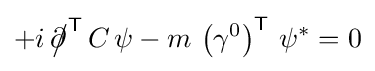
+i\,{\partial \!\!\!{\big /}}^{\mathsf {T}}\,C\,\psi -m\,\left(\gamma ^{0}\right)^{\mathsf {T}}\,\psi ^{*}=0